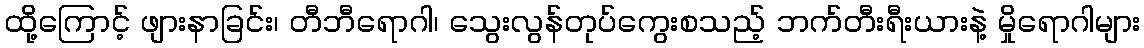
ထို့ကြောင့် ဖျားနာခြင်း၊ တီဘီရောဂါ၊ သွေးလွန်တုပ်ကွေးစသည့် ဘက်တီးရီးယားနဲ့ မှိုရောဂါများ